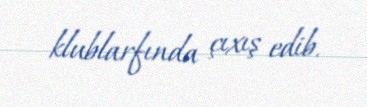
klublarfında çıxış edib.